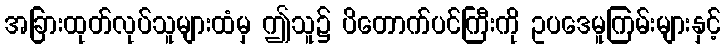
အခြားထုတ်လုပ်သူများထံမှ ဤသူ၌ ပိတောက်ပင်ကြီးကို ဥပဒေမူကြမ်းများနှင့်